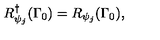
R _ { \psi _ { j } } ^ { \dagger } ( \Gamma _ { 0 } ) = R _ { \psi _ { j } } ( \Gamma _ { 0 } ) ,